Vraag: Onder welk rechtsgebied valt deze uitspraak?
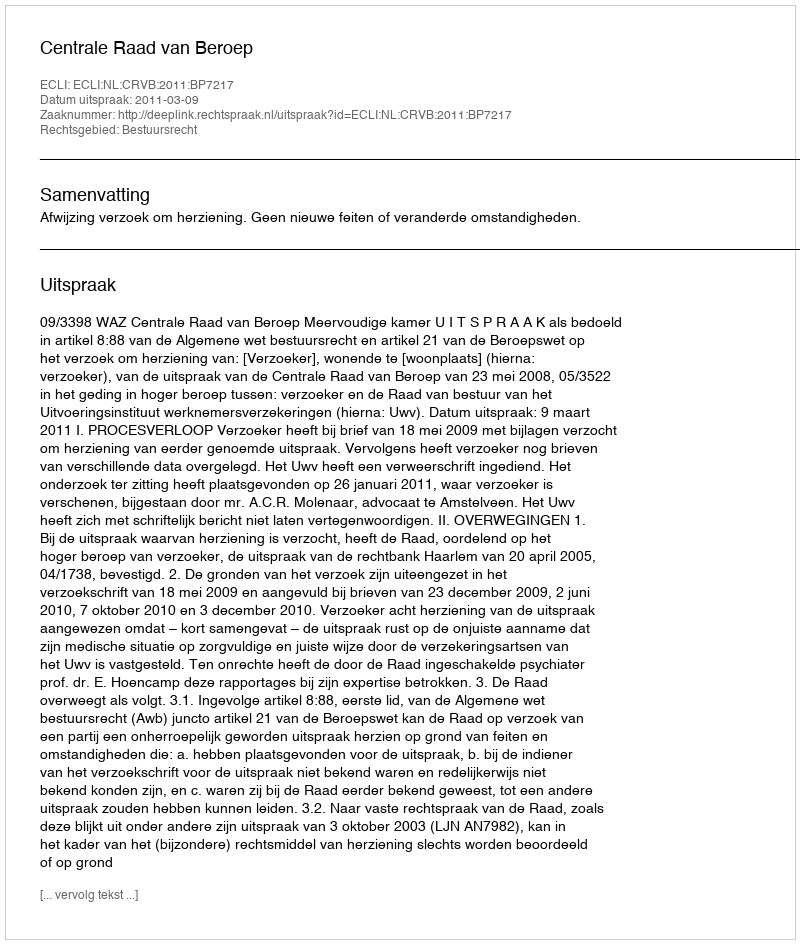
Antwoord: Bestuursrecht